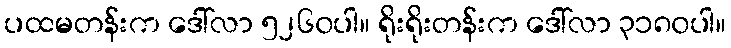
ပထမတန်းက ဒေါ်လာ ၅၂၆၀ပါ။ ရိုးရိုးတန်းက ဒေါ်လာ ၃၁၈၀ပါ။